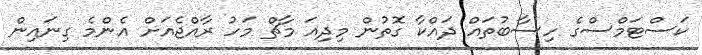
ކަސްޓަމްސްގެ ހިސާބުތައް ދައްކާ ގޮތުން މިދިއަ މާޗް މަހު ރާއްޖެއަށް އެންމެ ގިނައިން